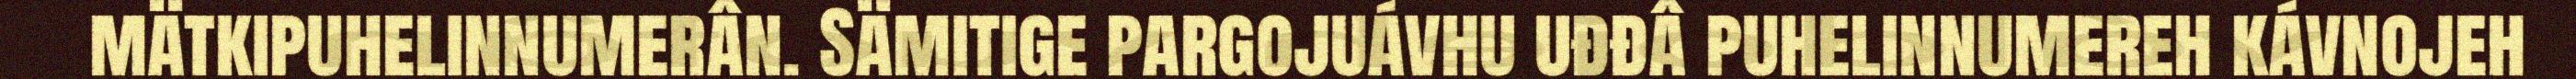
mätkipuhelinnumerân. Sämitige pargojuávhu uđđâ puhelinnumereh kávnojeh